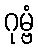
ဂုမ္ဗံ